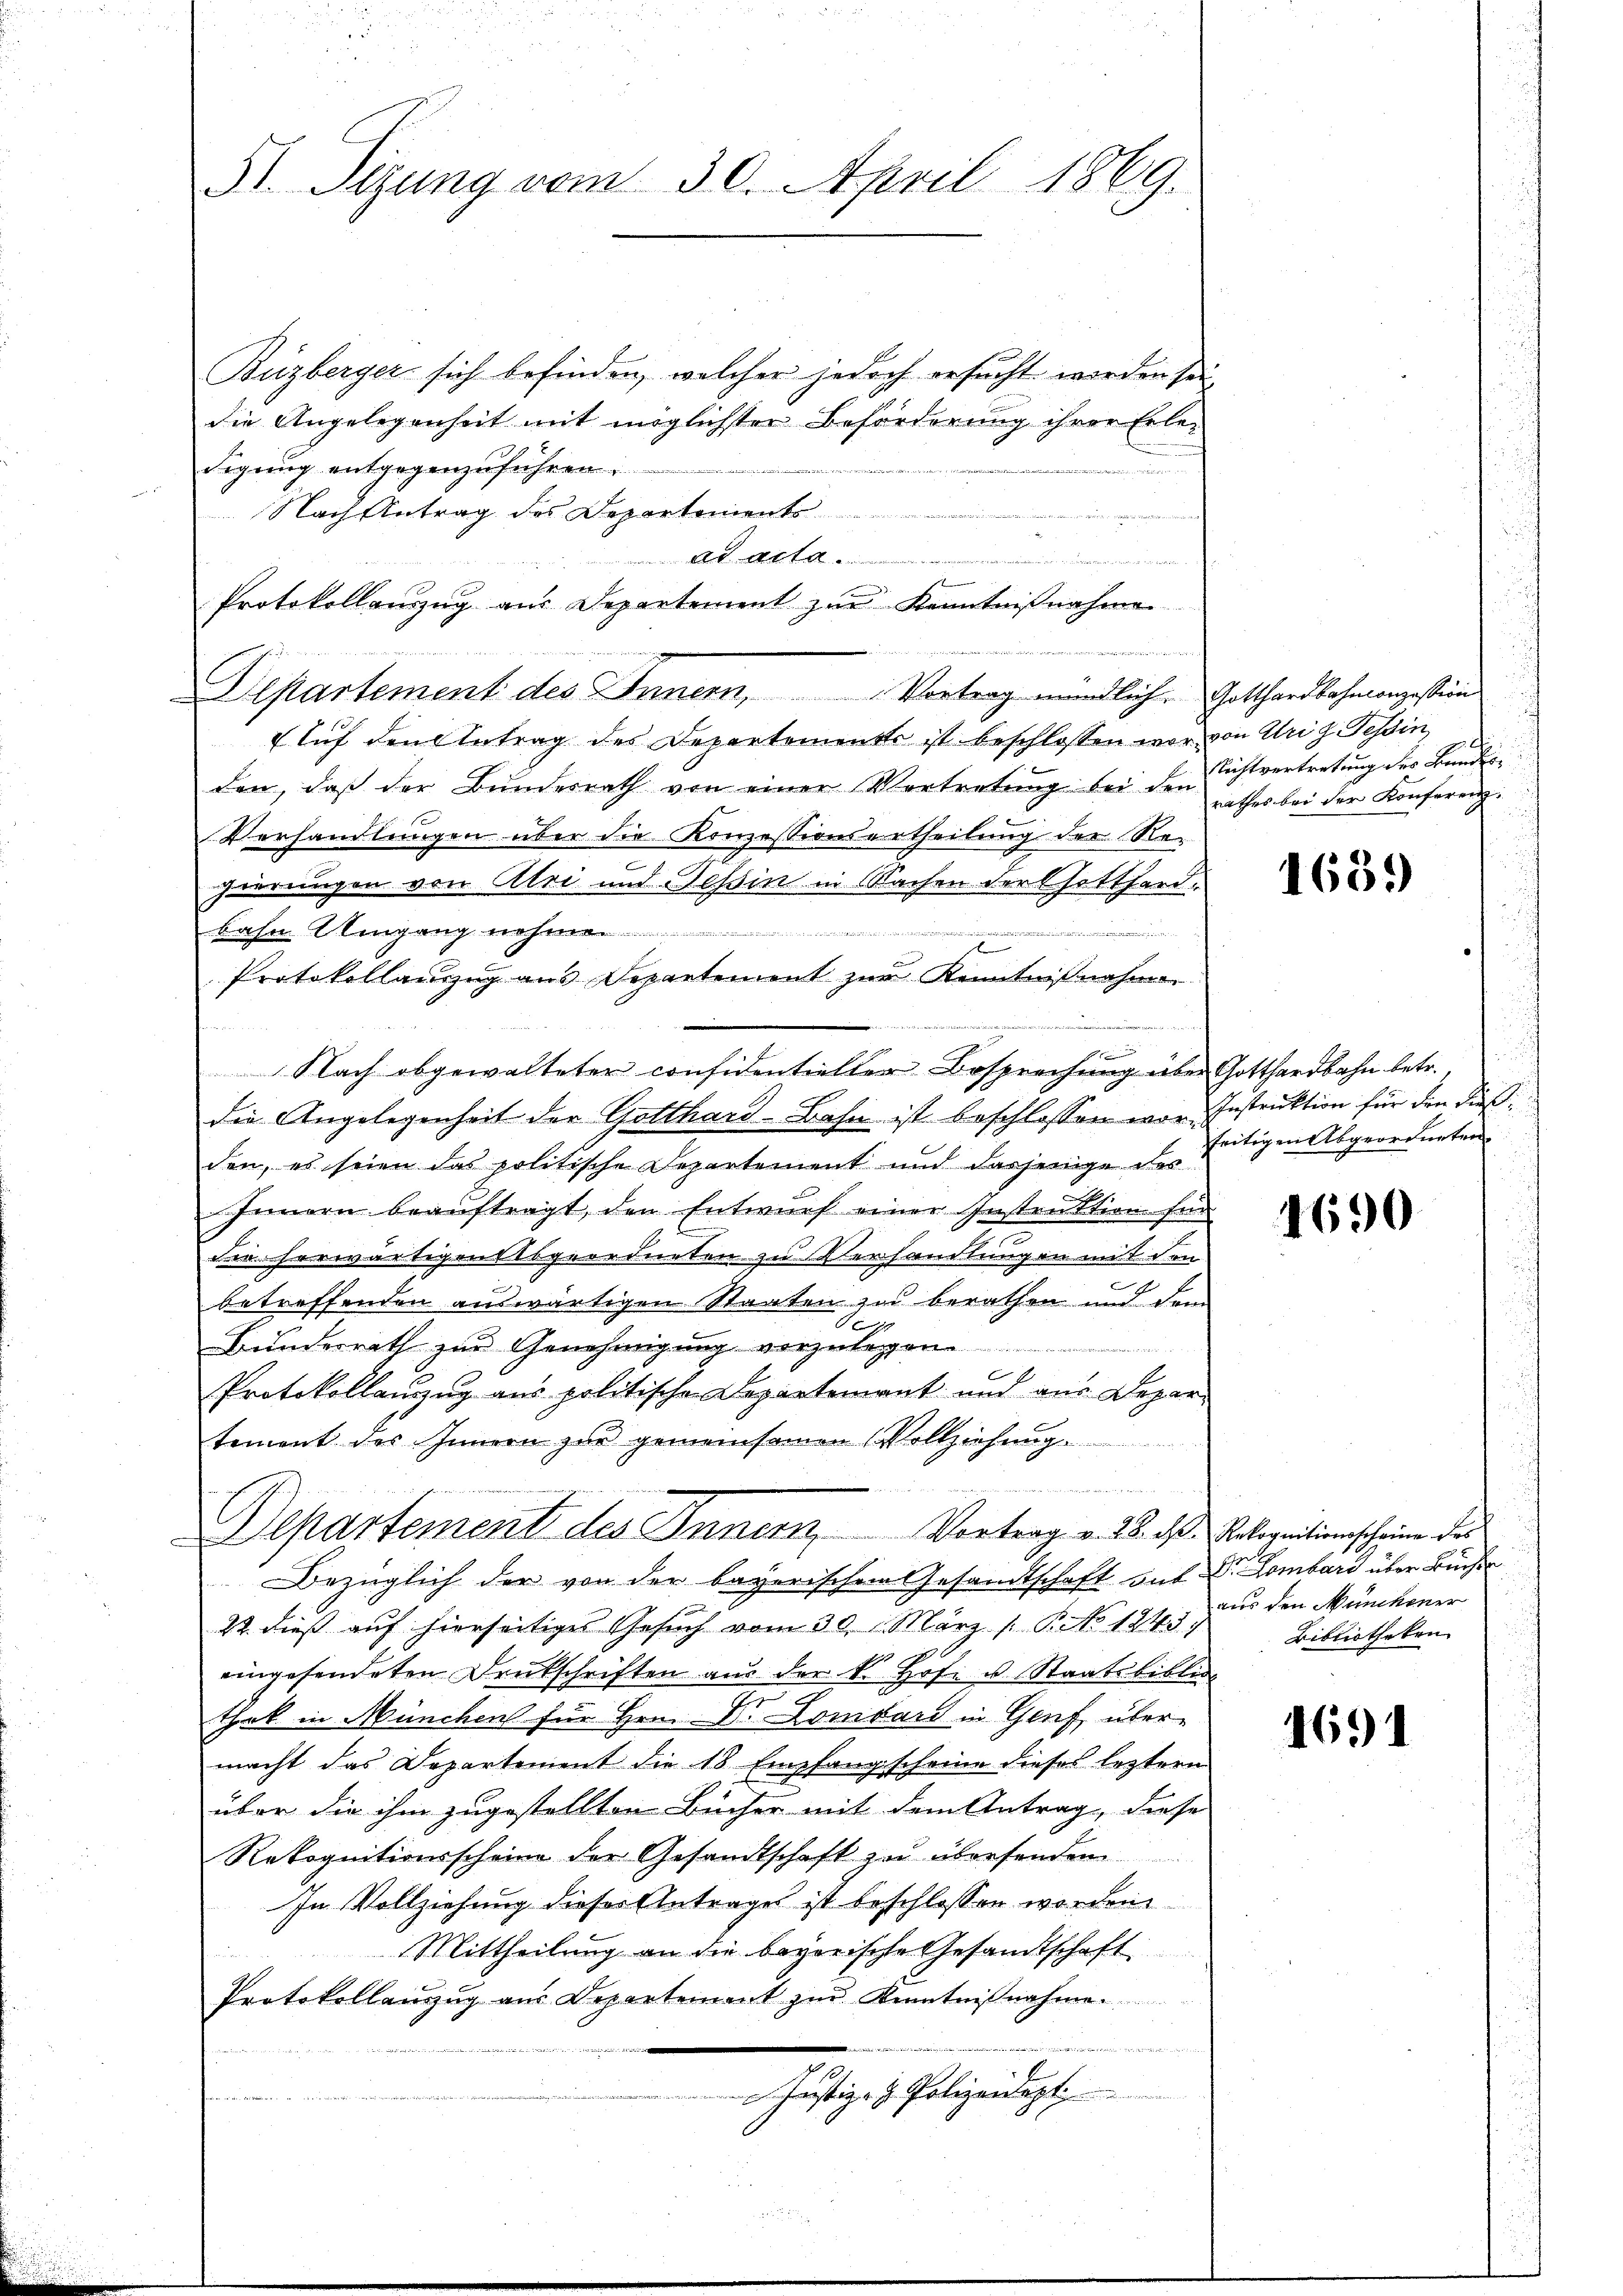
51. Sizung vom 30. April 1869.

Buzberger sich befinden, welcher jedoch ersucht werden sei
die Angelegenheit mit möglichster Beförderung ihrer Erledigung entgegenzuführen.
u
Nach Antrag des Departements
 Al. 14te
f
Protokollauszug aus Departement zur Kenntnißnahme
Auf den Antrag des Departemente ist beschlossen war von Uri g. Tessin,
den, daß der Bŭndesrath von einer Vertretŭng bei den Rathes bei der Konferenz¬
Verhandlungen über die Konzessionsertheilung der Re-
gierungen von Uri und Tessin in Sachen der Gotthardbahn Umgang nehme
e
Protokollauszug aus Departement zur Kenntnißnahmen.
Nach abgewalteter considentieller Besprechung über Gotthardbahn betr.
die Angelegenheit der Gotthard-Bahn ist beschlossen war. Instruktion für den dießden, es seien das politische Departement und dasjenige des
Innern beauftragt, den Entwurf einer Instruktion für
die herwärtigen Abgeordneten zu Verhandlungen mit den
2 x
betreffenden auswärtigen Staaten zu berathen und dem
e
Bunderrath zur Genehmigung vorzulegen
t pas
Protokollanzug aus politische Departement und aus Depar-
tement des Innern zŭr gemeinsamen Vollziehŭng.

Departement des Innern, Vortrag v. 25. ds. Rekognitionscheine des
Bezüglich der von der bayerischen Gesandtschaft auf Dr. Lombard über Bücher
22. dieß auf hierseitiges Gesuch vom 30. März /: P. No 1245)
eingesendeten Deutschriften aus der k. Hofe u. Staatsbibli
thek in München für Hrn. Dr. Lombar in Genf, übermacht das Departement die 18 Empfangscheine dieses leztern
über die ihm zugestellten Bücher mit dem Antrag, diese
Rekognitionsscheine der Gesandtschaft zu übersenden
In Vollziehung dieser Antrages ist beschlossen worden
Mittheilung an die begorische Gesandtschaft
Protokollanzug aus Departement zur Kenntnißnahmen
 dch die
Justiz- & Polizeidept:
n

Departement des Innern, Vortrag mündlich. Gotthardbahnangestim¬

wie der

Richtvertretung des Bundes¬

1681)

seitigen Abgeordneten.

4690

aus den Münchener
Bibliotheken

1691